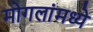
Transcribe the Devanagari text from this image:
मोगलांमध्ये